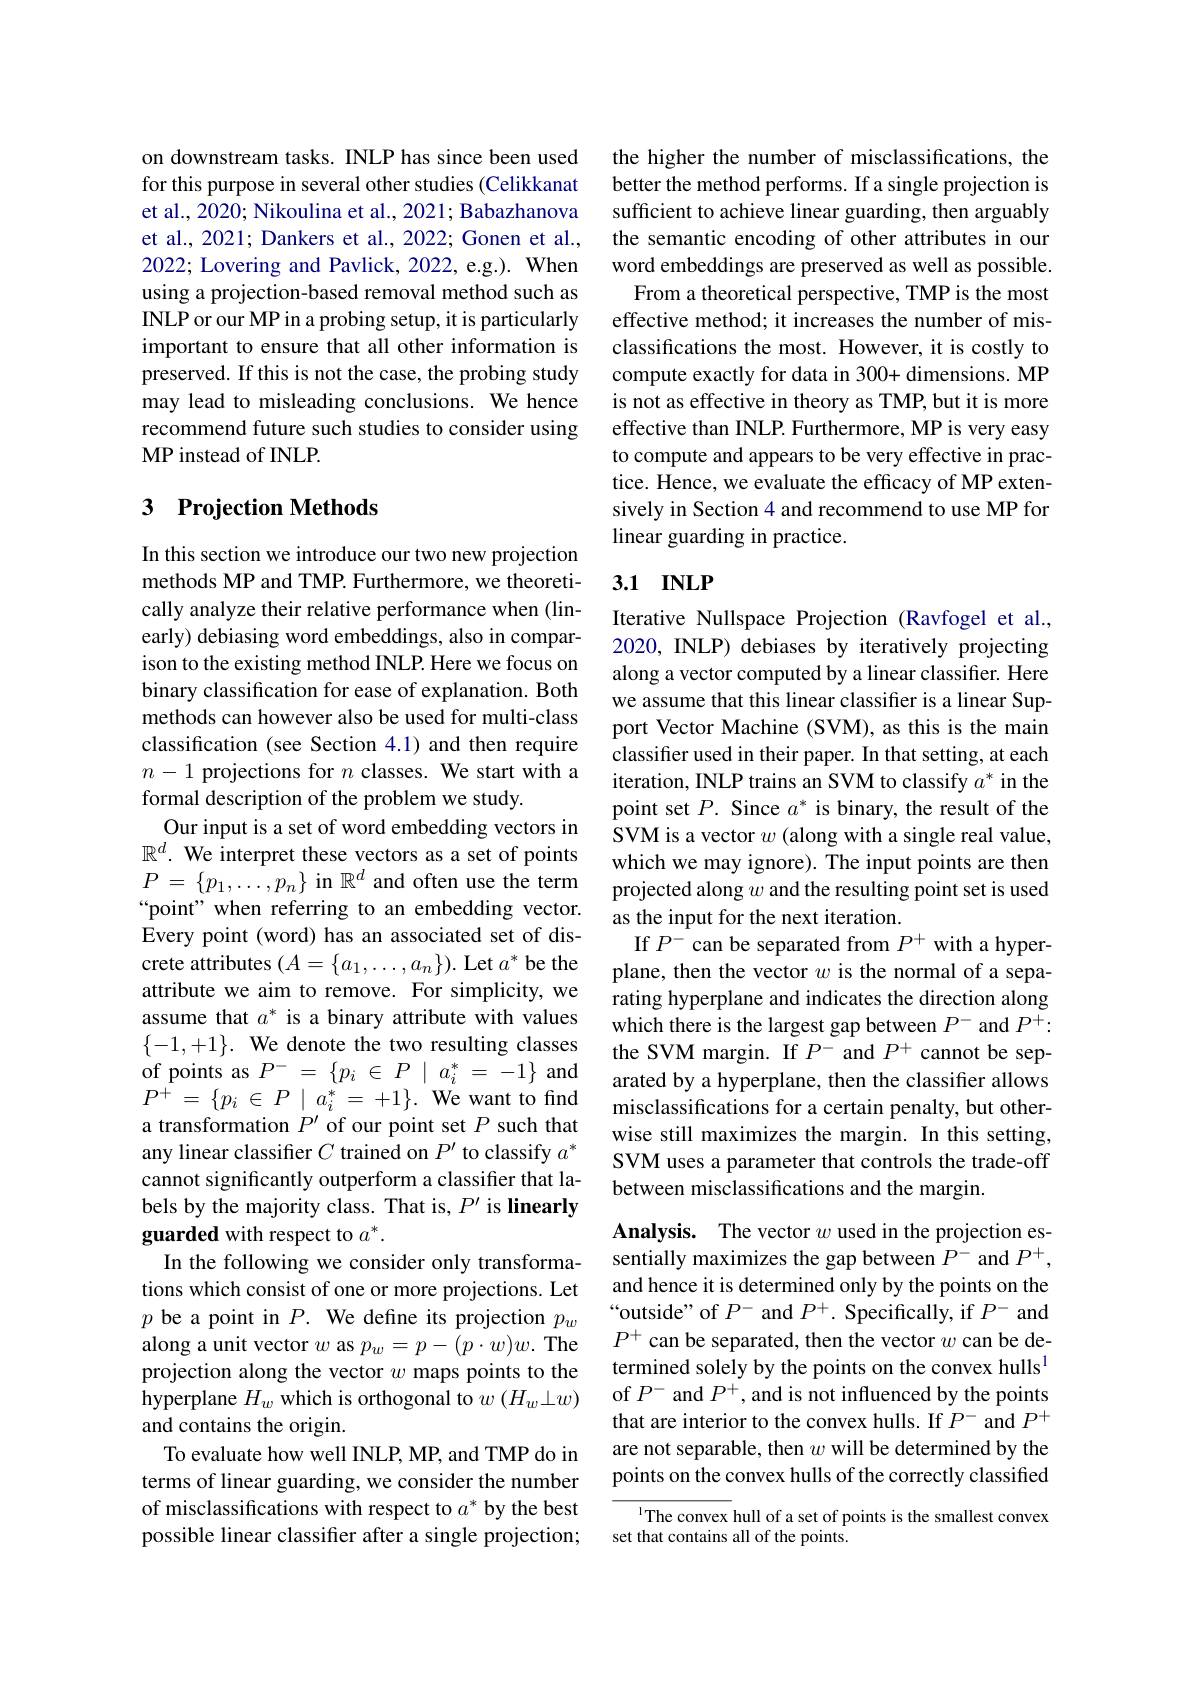
on downstream tasks. INLP has since been used for this purpose in several other studies (Celikkanat et al., 2020; Nikoulina et al., 2021; Babazhanova et al., 2021; Dankers et al., 2022; Gonen et al., 2022; Lovering and Pavlick, 2022, e.g.). When using a projection-based removal method such as INLP or our MP in a probing setup, it is particularly important to ensure that all other information is preserved. If this is not the case, the probing study may lead to misleading conclusions. We hence recommend future such studies to consider using MP instead of INLP.

## 3 Projection Methods

In this section we introduce our two new projection methods MP and TMP. Furthermore, we theoretically analyze their relative performance when (linearly) debiasing word embeddings, also in comparison to the existing method INLP. Here we focus on binary classification for ease of explanation. Both methods can however also be used for multi-class classification (see Section 4.1) and then require $n-1$ projections for $n$ classes. We start with a formal description of the problem we study.
Our input is a set of word embedding vectors in $\mathbb{R}^d.$ We interpret these vectors as a set of points $P$ = $\{ p_1, \ldots , p_n\}$ in $\mathbb{R}^d$ and often use the term “point" when referring to an embedding vector. Every point (word) has an associated set of discrete attributes $(A=\{a_1,\ldots,a_n\}).$ Let $a^*$ be the attribute we aim to remove. For simplicity, we assume that $a^*$ is a binary attribute with values $\{-1,+1\}.$ We denote the two resulting classes of points as $P^-=\{p_i\in P\mid a_i^*=-1\}$ and $P^{+ }$ = $\{ p_{i}$ $\in$ $P$ | $a_{i}^{* }$ = $+ 1\} .$ We want to find a transformation $P^{\prime}$ of our point set $P$ such that any linear classifier $C$ trained on $P^{\prime}$ to classify $a^*$ cannot significantly outperform a classifier that labels by the majority class. That is, $P^{\prime}$ is linearly guarded with respect to $a^*.$
In the following we consider only transformations which consist of one or more projections. Let $p$ be a point in $P.$ We define its projection $p_w$ along a unit vector $w$ as $p_w=p-(p\cdot w)w.$ The projection along the vector $w$ maps points to the hyperplane $H_w$ which is orthogonal to $w\left(H_w\bot w\right)$ and contains the origin.
To evaluate how well INLP, MP, and TMP do in terms of linear guarding, we consider the number of misclassifications with respect to $a^*$ by the best possible linear classifier after a single projection;

the higher the number of misclassifications, the better the method performs. If a single projection is sufficient to achieve linear guarding, then arguably the semantic encoding of other attributes in our word embeddings are preserved as well as possible. From a theoretical perspective, TMP is the most effective method; it increases the number of misclassifications the most. However, it is costly to compute exactly for data in 300+ dimensions. MP is not as effective in theory as TMP, but it is more effective than INLP. Furthermore, MP is very easy to compute and appears to be very effective in practice. Hence, we evaluate the efficacy of MP extensively in Section 4 and recommend to use MP for linear guarding in practice.

## 3.1 $INLP$

Iterative Nullspace Projection (Ravfogel et al., 2020, INLP) debiases by iteratively projecting along a vector computed by a linear classifier. Here we assume that this linear classifier is a linear Support Vector Machine (SVM), as this is the main classifer used in their paper. In that setting, at each iteration, INLP trains an SVM to classify $a^*$ in the point set $P.$ Since $a^*$ is binary, the result of the SVM is a vector $w$ (along with a single real value, which we may ignore). The input points are then projected along $w$ and the resulting point set is used as the input for the next iteration.
If $P^-$ can be separated from $P^+$ with a hyperplane, then the vector $w$ is the normal of a separating hyperplane and indicates the direction along which there is the largest gap between $P^-$ and $P^{+}:$ the SVM margin. If $P^-$ and $P^+$ cannot be separated by a hyperplane, then the classifier allows misclassifications for a certain penalty, but otherwise still maximizes the margin. In this setting, SVM uses a parameter that controls the trade-off between misclassifications and the margin.

Analysis. The vector $w$ used in the projection essentially maximizes the gap between $P^-$ and $P^+$, and hence it is determined only by the points on the “outside" of $P^-$ and $P^+.$ Specifically, if $P^-$ and $P^+$ can be separated, then the vector $w$ can be determined solely by the points on the convex hulls$^{1}$ of $P^-$ and $P^+$, and is not influenced by the points that are interior to the convex hulls. If $P^-$ and $P^+$ are not separable, then $w$ will be determined by the points on the convex hulls of the correctly classified

The convex hull of a set of points is the smallest convex
set that contains all of the points.